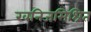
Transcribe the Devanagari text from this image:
खनिजमिश्रित